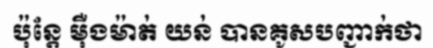
ប៉ុន្តែ ម៉ឺងម៉ាត់ យន់ បានគូសបញ្ជាក់ថា